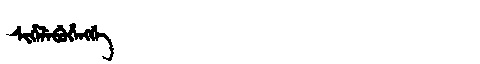
Manchu: ᠰᡳᡥᡝᠯᡝᠪᡠᡥᡝᠩᡤᡝ
Romanization: SIHELEBUHENGGE